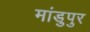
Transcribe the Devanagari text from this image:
मांडुपुर